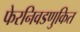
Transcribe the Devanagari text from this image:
फेरनिवडणुकित